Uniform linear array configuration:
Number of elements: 4
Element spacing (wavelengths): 0.75
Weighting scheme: uniform
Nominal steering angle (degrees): -30
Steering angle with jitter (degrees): -29.832
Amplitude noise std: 0.05
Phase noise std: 0.05

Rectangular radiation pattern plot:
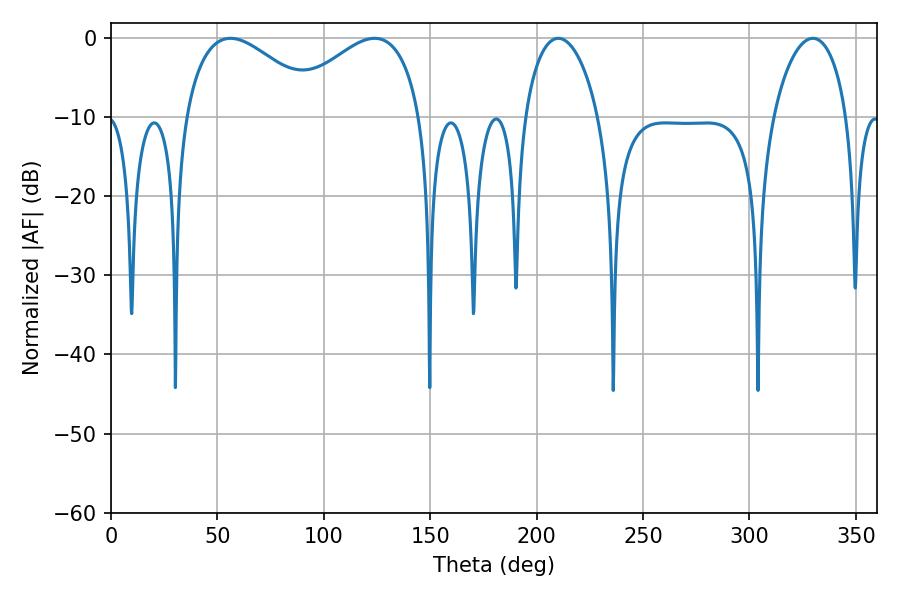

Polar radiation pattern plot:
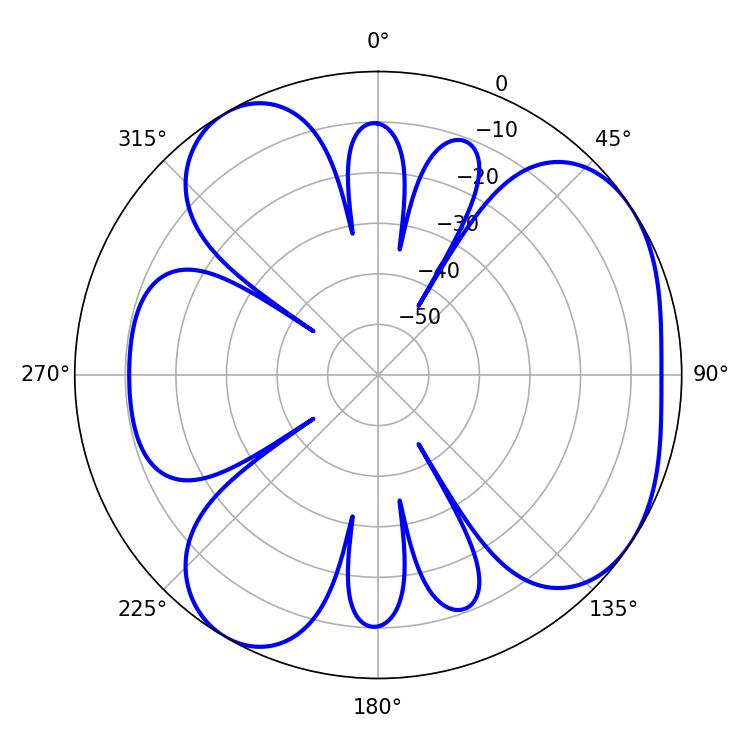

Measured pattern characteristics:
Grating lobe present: TRUE
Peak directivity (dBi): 4.992
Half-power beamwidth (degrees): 35.28
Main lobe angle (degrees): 56.16